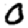
Digit: 0